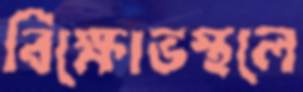
বিক্ষোভস্থলে